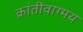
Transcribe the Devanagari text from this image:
क्रांतीवाग्मय